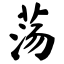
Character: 荡